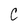
Character: C